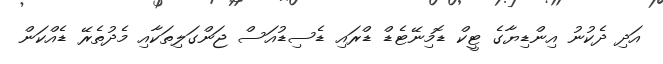
އަދި ދެކުނު އިންޑިޔާގެ ޓީކް ޑޮމިނޭޓެޑް ޑްރައި ޑެސިޑުއަސް ޖަންގަލިތަކާއި މެދުތެރޭ ޑެއްކަން